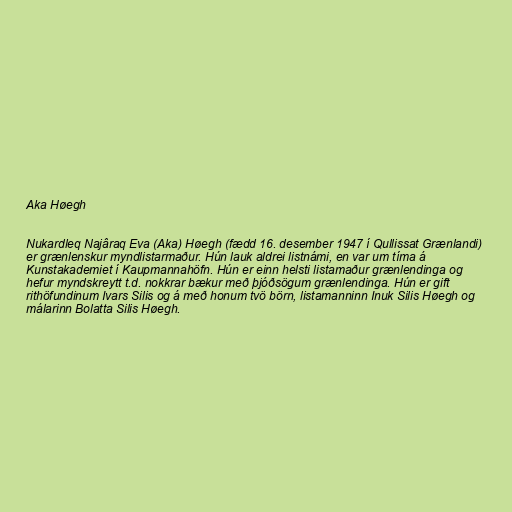
Aka Høegh

Nukardleq Najâraq Eva (Aka) Høegh (fædd 16. desember 1947 í Qullissat Grænlandi)
er grænlenskur myndlistarmaður. Hún lauk aldrei listnámi, en var um tíma á
Kunstakademiet í Kaupmannahöfn. Hún er einn helsti listamaður grænlendinga og
hefur myndskreytt t.d. nokkrar bækur með þjóðsögum grænlendinga. Hún er gift
rithöfundinum Ivars Silis og á með honum tvö börn, listamanninn Inuk Silis Høegh og
málarinn Bolatta Silis Høegh.